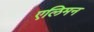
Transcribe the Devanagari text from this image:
एलिमन